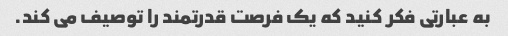
به عبارتی فکر کنید که یک فرصت قدرتمند را توصیف می کند.